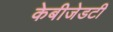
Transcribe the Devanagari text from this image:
केबीजेडटी